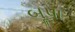
બૂપા